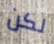
لكن